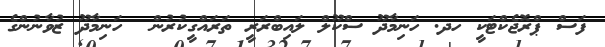
ފަސް ޕްރޮޖެކްޓަކީ ހދ. ހަނިމާދޫ ސްކޫލް ލައިބްރަރީ ތަރައްގީކުރުން  ހަނިމާދޫ ޒުވާނުންގެ